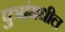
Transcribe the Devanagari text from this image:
पुत्रांमधील